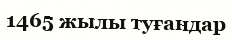
1465 жылы туғандар